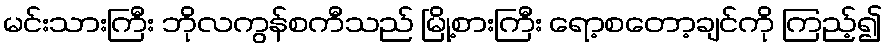
မင်းသားကြီး ဘိုလကွန်စကီသည် မြို့စားကြီး ရော့စတော့ချင်ကို ကြည့်၍